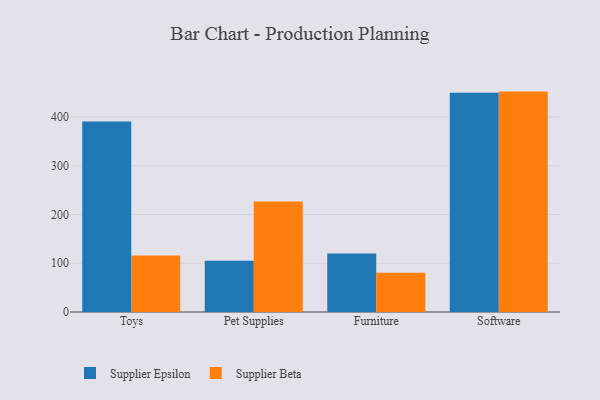
{"axis": {"x": "Category", "y": "Energy Usage (MWh)"}, "legend": ["Supplier Beta", "Supplier Epsilon"], "data": [{"x": "Toys", "y": 390.7, "type": "Supplier Epsilon"}, {"x": "Toys", "y": 115.7, "type": "Supplier Beta"}, {"x": "Pet Supplies", "y": 105.2, "type": "Supplier Epsilon"}, {"x": "Pet Supplies", "y": 226.7, "type": "Supplier Beta"}, {"x": "Furniture", "y": 120.2, "type": "Supplier Epsilon"}, {"x": "Furniture", "y": 80.7, "type": "Supplier Beta"}, {"x": "Software", "y": 449.8, "type": "Supplier Epsilon"}, {"x": "Software", "y": 452.2, "type": "Supplier Beta"}]}